Annual administration report of the Civil Veterinary Department of India - 1895-1896
Year: 1895
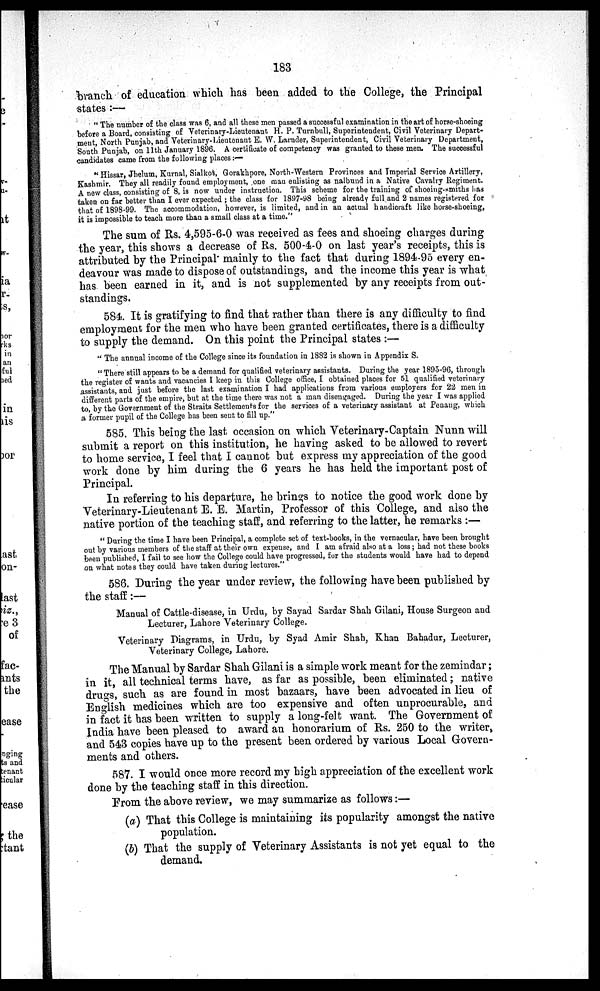
183
branch of education which has been added to the College, the Principal
states:—
"The number of the class was 6, and all these men passed a successful examination in the art of horse-shoeing
before a Board, consisting of Veterinary-Lieutenant H. P. Turnbull, Superintendent, Civil Veterinary Depart-
ment, North Punjab, and Veterinary-Lieutenant E. W. Larnder, Superintendent, Civil Veterinary Department,
South Punjab, on 11th January 1896. A certificate of competency was granted to these men. The successful
candidates came from the following places:—
"Hissar, Jhelum, Kurnal, Sialkot, Gorakhpore, North-Western Provinces and Imperial Service Artillery,
Kashmir. They all readily found employment, one man enlisting as nalbund in a Native Cavalry Regiment.
A new class, consisting of 8, is now under instruction. This scheme for the training of shoeing-smiths has
taken on far better than I ever expected; the class for 1897-98 being already full and 2 names registered for
that of 1898-99. The accommodation, however, is limited, and in an actual handicraft like horse-shoeing,
it is impossible to teach more than a small class at a time."
The sum of Rs. 4,595-6-0 was received as fees and shoeing charges during
the year, this shows a decrease of Rs. 500-4-0 on last year's receipts, this is
attributed by the Principal mainly to the fact that during 1894-95 every en-
deavour was made to dispose of outstandings, and the income this year is what
has been earned in it, and is not supplemented by any receipts from out-
standings.
584. It is gratifying to find that rather than there is any difficulty to find
employment for the men who have been granted certificates, there is a difficulty
to supply the demand. On this point the Principal states:—
"The annual income of the College since its foundation in 1882 is shown in Appendix S.
"There still appears to be a demand for qualified veterinary assistants. During the year 1895-96, through
the register of wants and vacancies I keep in this College office, I obtained places for 51 qualified veterinary
assistants, and just before the last examination I had applications from various employers for 22 men in
different parts of the empire, but at the time there was not a man disengaged. During the year I was applied
to, by the Government of the Straits Settlements for the services of a veterinary assistant at Penang, which
a former pupil of the College has been sent to fill up."
585. This being the last occasion on which Veterinary-Captain Nunn will
submit a report on this institution, he having asked to be allowed to revert
to home service, I feel that I cannot but express my appreciation of the good
work done by him during the 6 years he has held the important post of
Principal.
In referring to his departure, he brings to notice the good work done by
Veterinary-Lieutenant E. E. Martin, Professor of this College, and also the
native portion of the teaching staff, and referring to the latter, he remarks:—
"During the time I have been Principal, a complete set of text-books, in the vernacular, have been brought
out by various members of the staff at their own expense, and I am afraid also at a loss; had not these books
been published, I fail to see how the College could have progressed, for the students would have had to depend
on what notes they could have taken during lectures."
586. During the year under review, the following have been published by
the staff:—
Manual of Cattle-disease, in Urdu, by Sayad Sardar Shah Gilani, House Surgeon and
Lecturer, Lahore Veterinary College.
Veterinary Diagrams, in Urdu, by Syad Amir Shah, Khan Bahadur, Lecturer,
Veterinary College, Lahore.
The Manual by Sardar Shah Gilani is a simple work meant for the zemindar;
in it, all technical terms have, as far as possible, been eliminated; native
drugs, such as are found in most bazaars, have been advocated in lieu of
English medicines which are too expensive and often unprocurable, and
in fact it has been written to supply a long-felt want. The Government of
India have been pleased to award an honorarium of Rs. 250 to the writer,
and 543 copies have up to the present been ordered by various Local Govern-
ments and others.
587. I would once more record my high appreciation of the excellent work
done by the teaching staff in this direction.
From the above review, we may summarize as follows:—
(a) That this College is maintaining its popularity amongst the native
population.
(b) That the supply of Veterinary Assistants is not yet equal to the
demand.